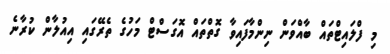
މި ފްލައިޓްތައް ބާއްވަން ނިންމާފައިވާ ގޮތްތައް އޮގަސްޓް މަހުގެ ތެރޭގައި އިއުލާން ކުރާނެ